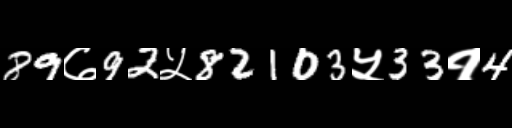
Text: 89७92५82103५33१4